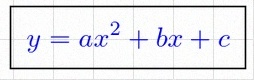
y=ax^2+bx+c